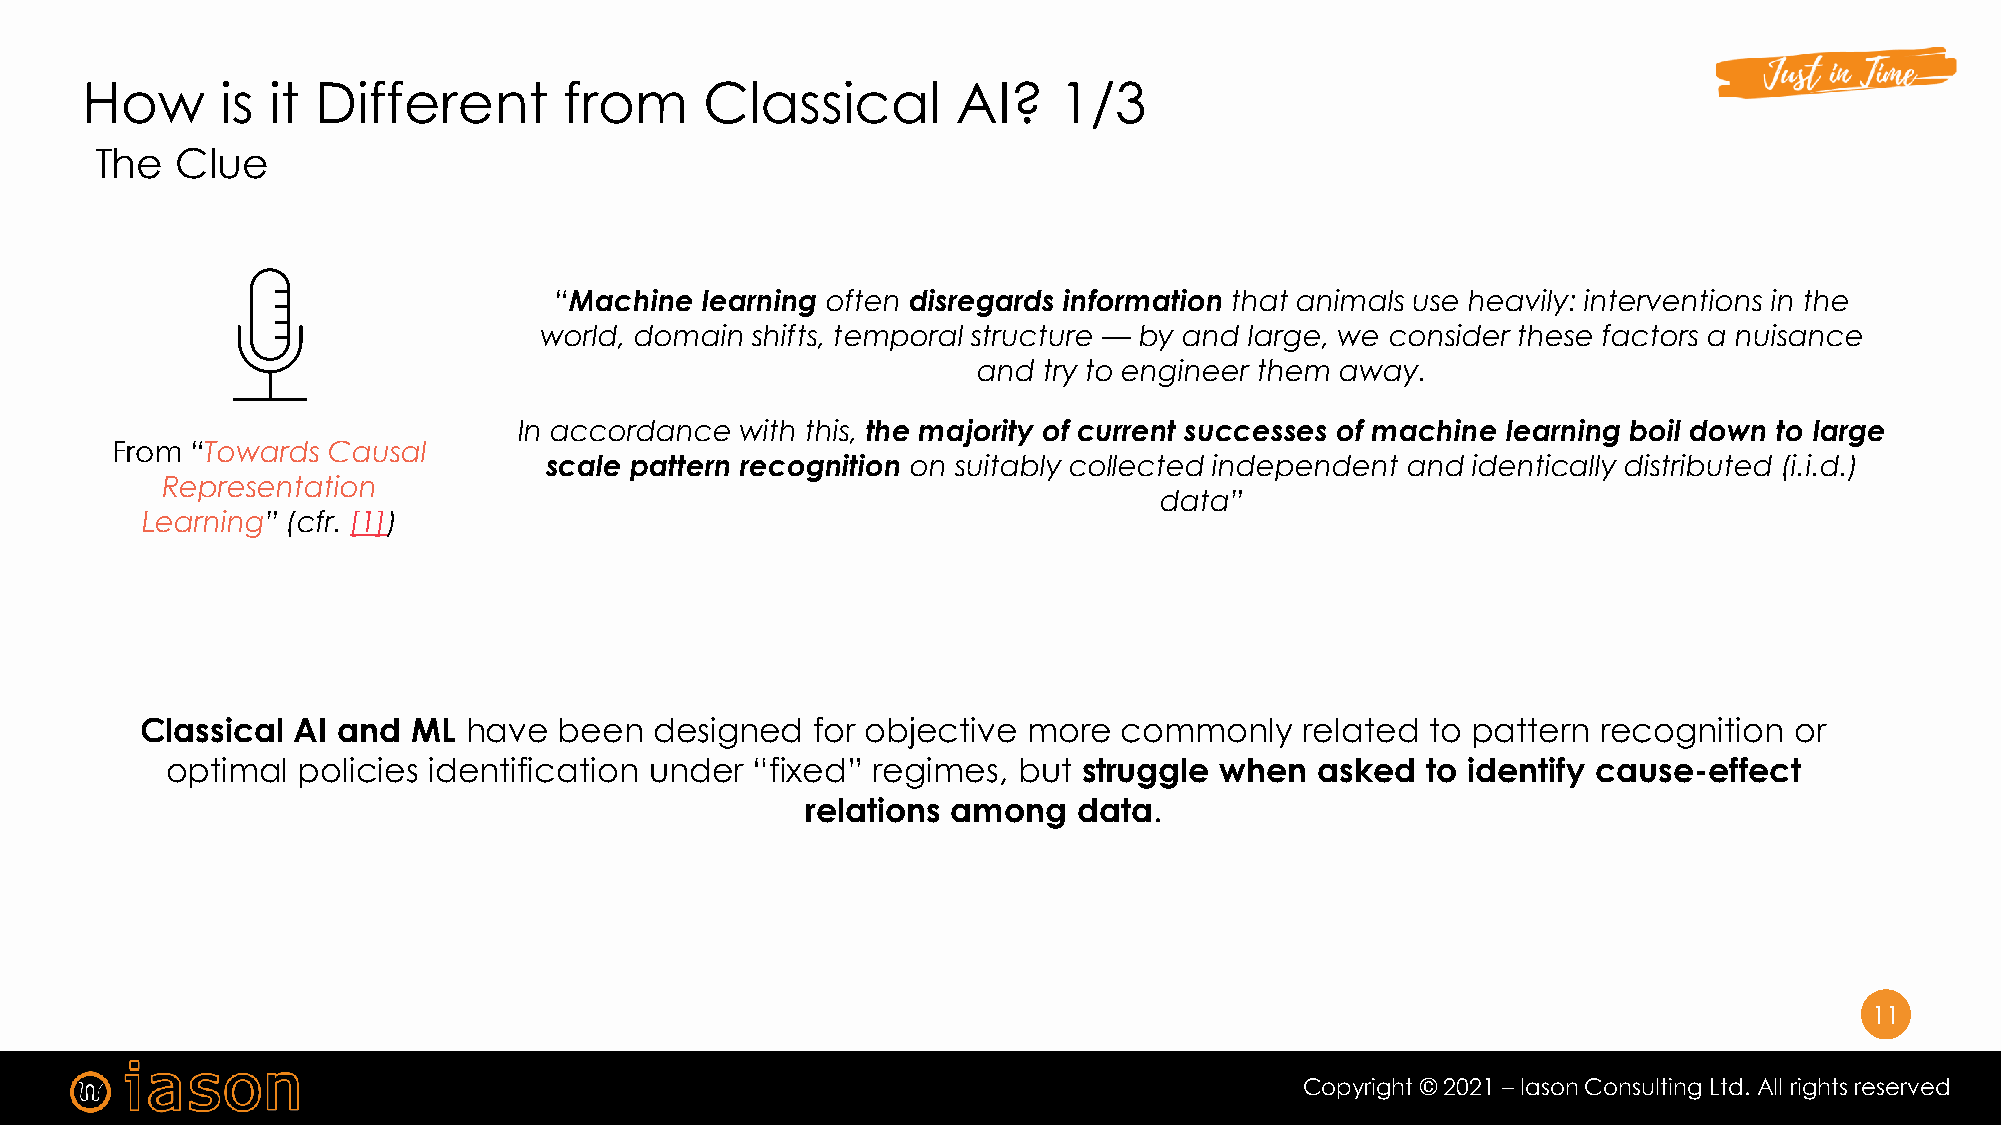
How       is it Different       from      Classical       AI?    1/3
 The   Clue
 “Machine learning often disregards information that animals use heavily: interventions in the
 world, domain shifts, temporal structure — by and large, we consider these factors a nuisance
 and try to engineer them away.
 In accordance  with this, the majority of current successes of machine learning boil down to large
 From  “Towards Causal
 scale pattern recognition on suitably collected independent and identically distributed (i.i.d.)
 Representation
 data”
 Learning” (cfr. [1])
 Classical AI and  ML  have  been  designed   for objective more  commonly    related  to pattern recognition  or
 optimal  policies identification under “fixed” regimes, but  struggle when  asked  to identify cause-effect
 relations among   data.
 11
 11
 Copyright © 2021 – Iason Consulting Ltd. All rights reserved